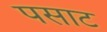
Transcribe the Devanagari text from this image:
पसाट